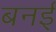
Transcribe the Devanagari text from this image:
बनई